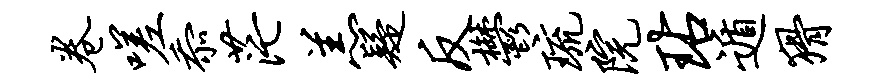
卷嗟忝茫羔疑反郁琉院玷遁猾